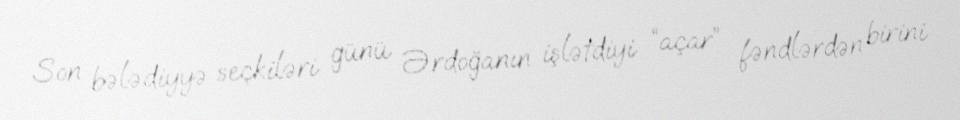
Son bələdiyyə seçkiləri günü Ərdoğanın işlətdiyi “açar” fəndlərdən birini